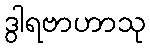
ဒွါရဗာဟာသု